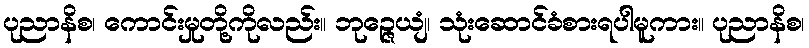
ပုညာနိစ၊ ကောင်းမှုတို့ကိုလည်း။ ဘုဉ္ဇေယျံ၊ သုံးဆောင်ခံစားရပါမူကား။ ပုညာနိစ၊